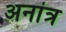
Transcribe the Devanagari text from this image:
अनांत्र